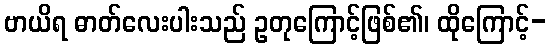
ဗာယိရ ဓာတ်လေးပါးသည် ဥတုကြောင့်ဖြစ်၏၊ ထိုကြောင့်-